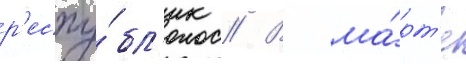
р'еспу́бл'ик // В ма́рт'е